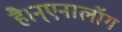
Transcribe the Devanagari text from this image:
है।न्एनालॉग